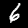
Digit: 6